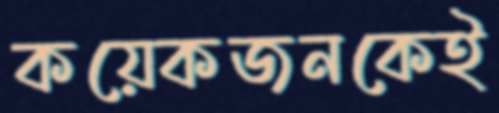
কয়েকজনকেই